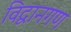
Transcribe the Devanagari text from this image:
विद्वानगण